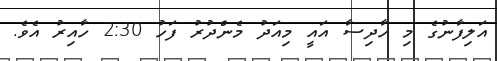
އަލިފާނުގެ މި ހާދިސާ އައީ މިއަދު މެންދުރު ފަހު 2:30 ހާއިރު އެވެ.